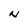
Character: N